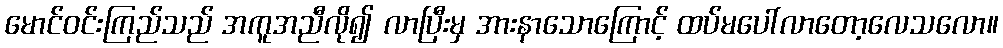
မောင်ဝင်းကြည်သည် အကူအညီလို၍ လာပြီးမှ အားနာသောကြောင့် ထပ်မပေါ်လာတော့လေသလော။